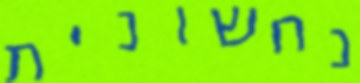
נחשונית